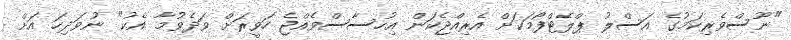
"ނޫސްވެރިކަމުގެ އަސްލު ޕްލެޓްފޯމަކަށް އެރިއްޖެކަން އިހުސާސްވެއްޖެ ހަވީރަށް ވަދެވުމާ އެކު" ނުވަދިހަ އަށް